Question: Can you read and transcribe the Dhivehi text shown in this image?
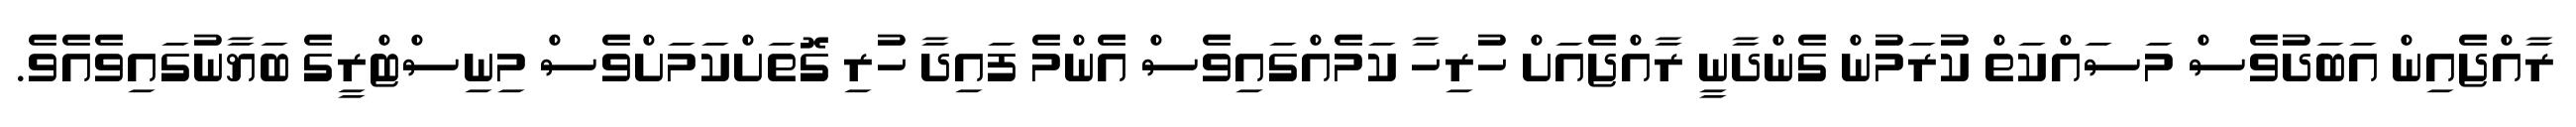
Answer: ރާއްޖެއިން އަބަދުވެސް މަސައްކަތް ކުރަމުން ގެންދާނީ ރާއްޖެއަށް ހުރިހާ ކަމެއްގައިވެސް އެންމެ ފައިދާ ހުރި ގޮތަށްކަމަށްވެސް މިނިސްޓްރީގެ ބަޔާނުގައިވެއެވެ.